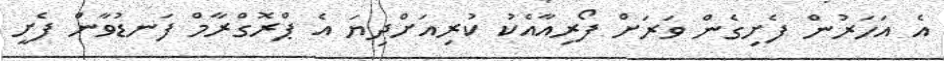
އެ އަހަރުން ފެށިގެން ވަރަށް ފޯރިއާއެކު ކުރިއަށްދިޔަ އެ ޕްރޮގްރާމް ފަނޑުވާން ފެށީ